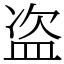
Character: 盗